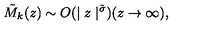
\tilde { M } _ { k } ( z ) \sim O ( \mid z \mid ^ { \tilde { \sigma } } ) ( z \rightarrow \infty ) ,